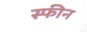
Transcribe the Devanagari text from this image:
स्फीन